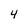
Character: 4